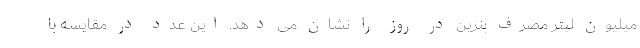
میلیون لیتر مصرف بنزین در روز را نشان می دهد. این عدد در مقایسه با